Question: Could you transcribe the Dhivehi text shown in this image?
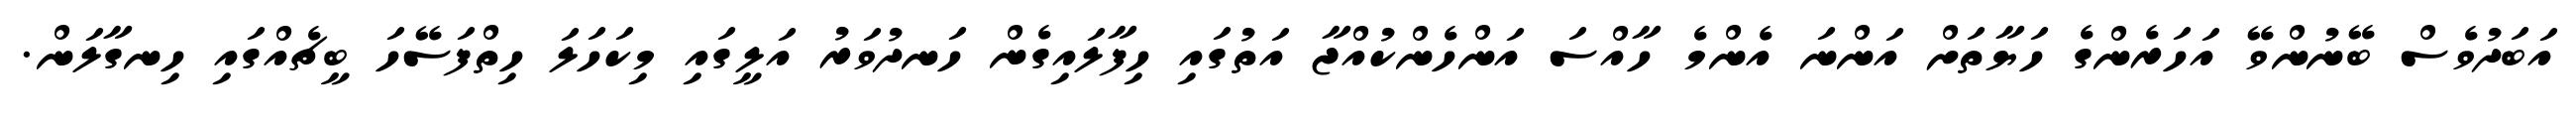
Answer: އަބަދުވެސް ބޭނުންވޭ އަހަރެންގެ ހަޔާތަށް އަންނަ އެންމެ ހާއްސަ އަންހެންކުއްޖާ އަތުގައި ހިފާލައިގެން ހަނދުވަރު އަލީގައި މިކަހަލަ ހިތްފަސޭހަ ބީޗެއްގައި ހިނގާލަން.